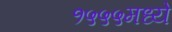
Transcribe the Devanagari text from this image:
१५५५मध्ये